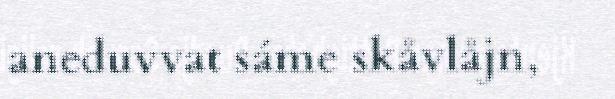
aneduvvat sáme skåvlåjn,